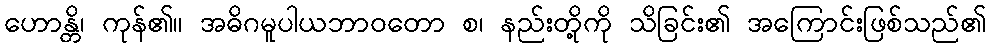
ဟောန္တိ၊ ကုန်၏။ အဓိဂမူပါယဘာဝတော စ၊ နည်းတို့ကို သိခြင်း၏ အကြောင်းဖြစ်သည်၏